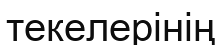
текелерінің